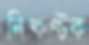
নিষ্কণ্টক